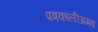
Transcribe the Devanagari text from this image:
पत्रकालीअम्मा